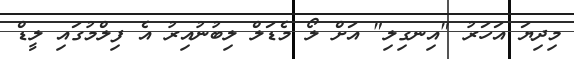
މިދިޔަ އަހަރު "އިނގިލި" އަށް ލޯ މެޑަލް ލިބުނުއިރު އެ ފިލްމުގައި ލީޑް